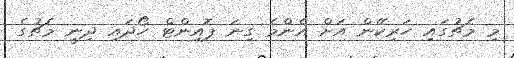
މި މެޗުގައި ހަރިކޭން އަށް އެންމެ ގިނަ ޕޮއިންޓް ހޯދައި ދިނީ މެޗުގެ